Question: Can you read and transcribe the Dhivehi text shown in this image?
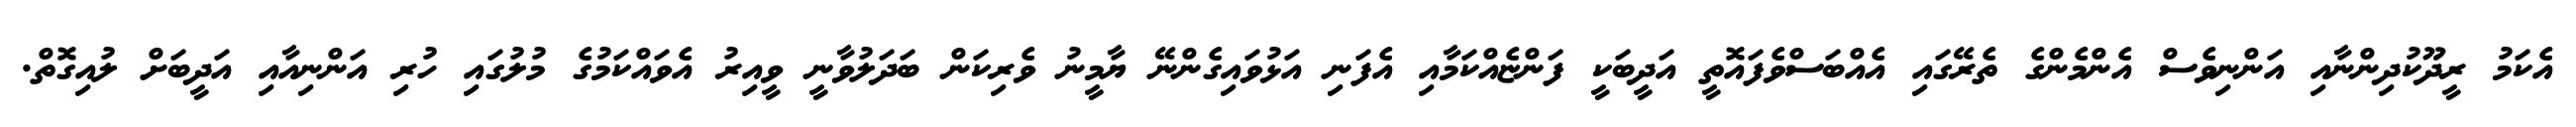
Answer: އެކަމު ރީދޫކުދިންނާއި އަންނިވެސް އެންމެންގެ ތެރޭގައި އެއްބަސްވެފައޮތީ އަދީބަކީ ފަންޏެއްކަމާއި އެފަނި އަޅުވައިގެންނޭ ޔާމީނު ވެރިކަން ބަދަލުވާނީ ވީއިރު އެވައްކަމުގެ މުލުގައި ހުރި އަންނިއާއި އަދީބަށް ލުއިގޮތް.